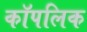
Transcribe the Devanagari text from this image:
कॉपलिक